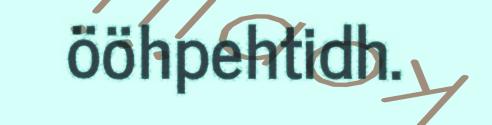
ööhpehtidh.